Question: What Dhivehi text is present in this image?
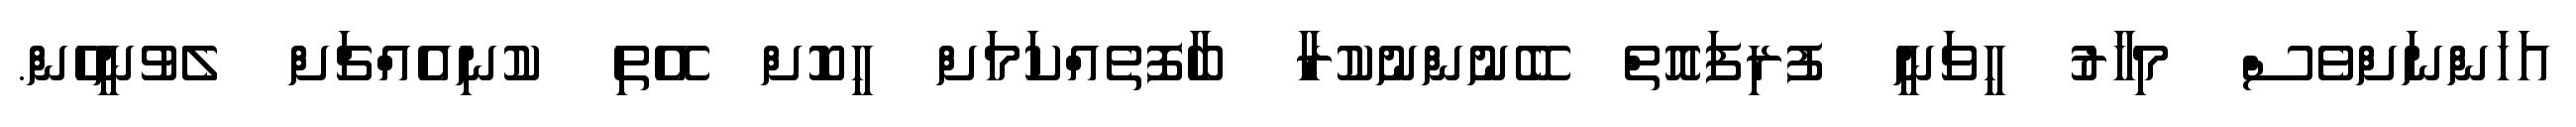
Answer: އަހަންނަށްވެސް މިހާރު ހީވަނީ ފުރިފައޮތް ބޭނުންނުކުރާ ބާފޮތެއްކަމަށް ހީކޮށް އޭތި ކުނިއެއްޗަށް ލެވުނީހެން.